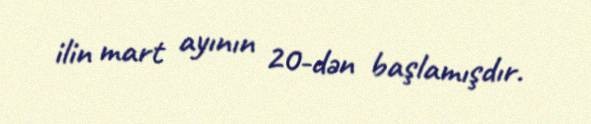
ilin mart ayının 20-dən başlamışdır.